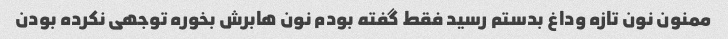
ممنون نون تازه وداغ بدستم رسید فقط گفته بودم نون هابرش بخوره توجهی نکرده بودن